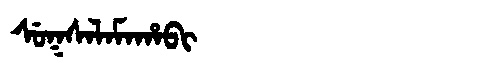
Manchu: ᠰᡠᡴᠰᠠᠯᠠᠮᠠᡥᠠᠪᡳ
Romanization: SUKSALAMAHABI